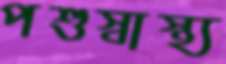
পশুস্বাস্থ্য